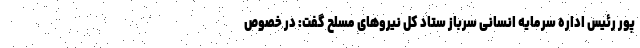
پور رئیس اداره سرمایه انسانی سرباز ستاد کل نیرو‌های مسلح گفت: در خصوص